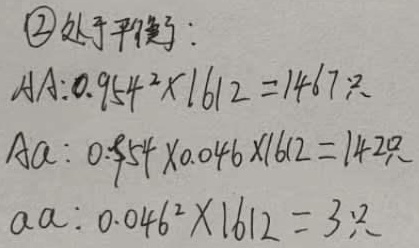
处于平衡：
\[
\begin{align*}
AA: &\ 0.954^{2}\times1612 = 1467.2\\
Aa: &\ 0.954\times0.046\times1612 = 71.42\\
aa: &\ 0.046^{2}\times1612 = 3.4
\end{align*}
\]